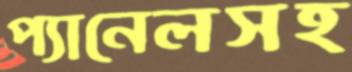
প্যানেলসহ